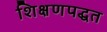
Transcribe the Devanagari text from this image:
शिक्षणपद्धत